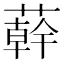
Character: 𦼮